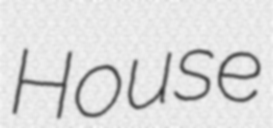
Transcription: House